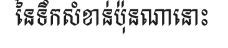
នៃទឹកសំខាន់ប៉ុនណានោះ